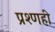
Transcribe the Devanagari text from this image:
प्रश्णही